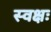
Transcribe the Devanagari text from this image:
स्वक्षः